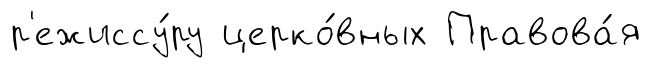
р'ежиссу́ру церко́вных Правова́я